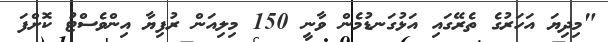
"މިދިޔަ އަހަރުގެ ތެރޭގައި އަޅުގަނޑުމެން ވާނީ 150 މިލިއަން ރުފިޔާ އިންވެސްޓު ކޮށްފަ